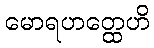
မောရဟတ္ထေဟိ